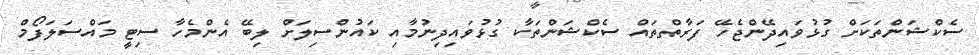
ސެކްޝަންތަކަށް ގުޅުވައިދޭންޖެހޭ ފަރާތްތައް ސެކްޝަންތަކާ ގުޅުވައިދިނުމާއި ކައުންސިލަށް ލިބޭ އެންމެހާ ސިޓީ މައްސަލަފޯމް